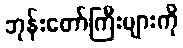
ဘုန်းတော်ကြီးများကို